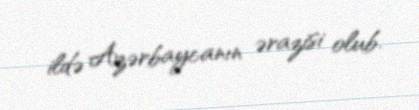
ildə Azərbaycanın ərazisi olub.